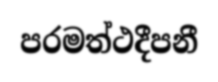
පරමත්ථදීපනී